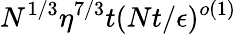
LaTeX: N^{1/3}\eta^{7/3}t(Nt/\epsilon)^{o(1)}